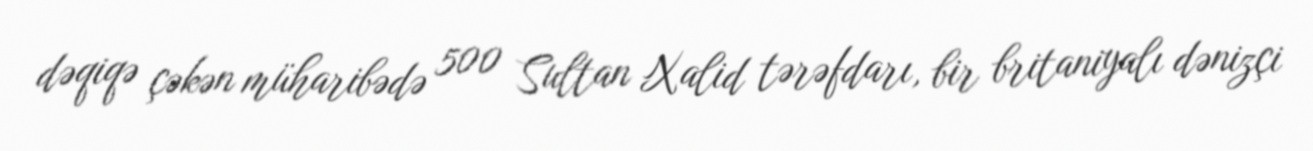
dəqiqə çəkən müharibədə 500 Sultan Xalid tərəfdarı, bir britaniyalı dənizçi